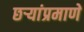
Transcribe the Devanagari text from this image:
छर्‍यांप्रमाणे